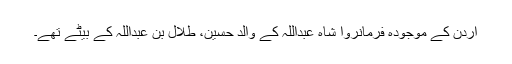
اردن کے موجودہ فرمانروا شاہ عبداللہ کے والد حسین، طلال بن عبداللہ کے بیٹے تھے۔